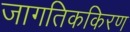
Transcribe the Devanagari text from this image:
जागतिककिरण